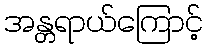
အန္တရာယ်ကြောင့်